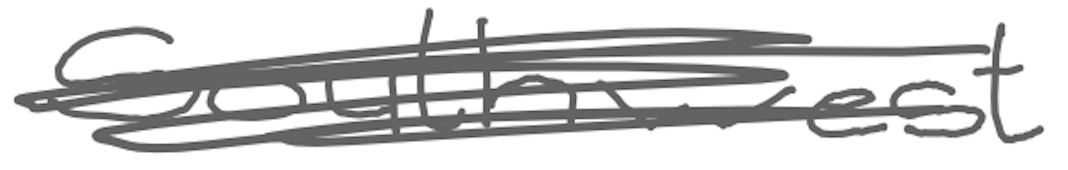
Text: southwest
Cross-out: scratch
Writing tool: digital_gray